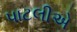
પાટલીએ